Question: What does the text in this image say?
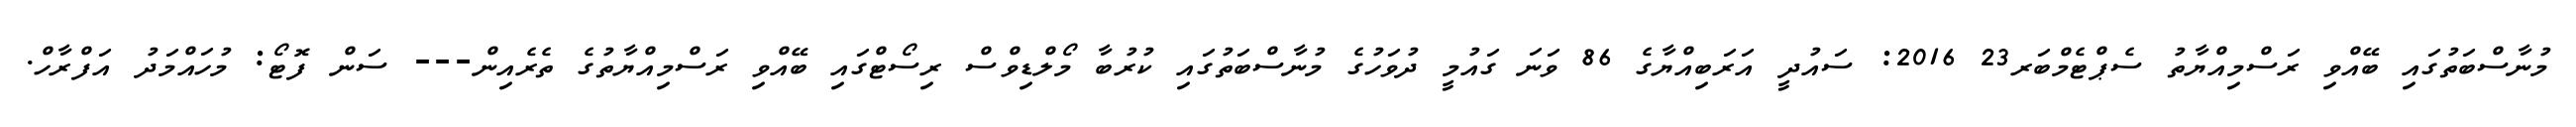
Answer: މުނާސްބަތުގައި ބޭއްވި ރަސްމިއްޔާތު ސެޕްޓެމްބަރ23 2016: ސައުދީ އަރަބިއްޔާގެ 86 ވަނަ ގައުމީ ދުވަހުގެ މުނާސްބަތުގައި ކުރުބާ މޯލްޑިވްސް ރިސޯޓްގައި ބޭއްވި ރަސްމިއްޔާތުގެ ތެރެއިން--- ސަން ފޮޓޯ: މުހައްމަދު އަފްރާހް.